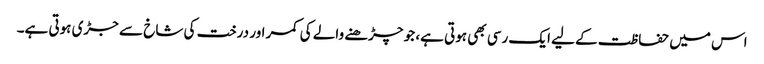
اس میں حفاظت کے لیے ایک رسی بھی ہوتی ہے، جو چڑھنے والے کی کمر اور درخت کی شاخ سے جڑی ہوتی ہے۔